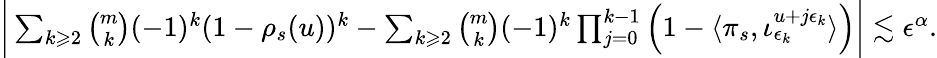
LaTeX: \begin{array}{r}{\bigg|\sum_{k\geqslant 2}\binom{m}{k}(-1)^{k}(1-\rho_{s}(u))^{k}-\sum_{k\geqslant 2}\binom{m}{k}(-1)^{k}\prod_{j=0}^{k-1}\left(1-\langle\pi_{s},{\iota}_{\epsilon_{k}}^{u+j\epsilon_{k}}\rangle\right)\bigg|\lesssim\epsilon^{\alpha}.}\end{array}